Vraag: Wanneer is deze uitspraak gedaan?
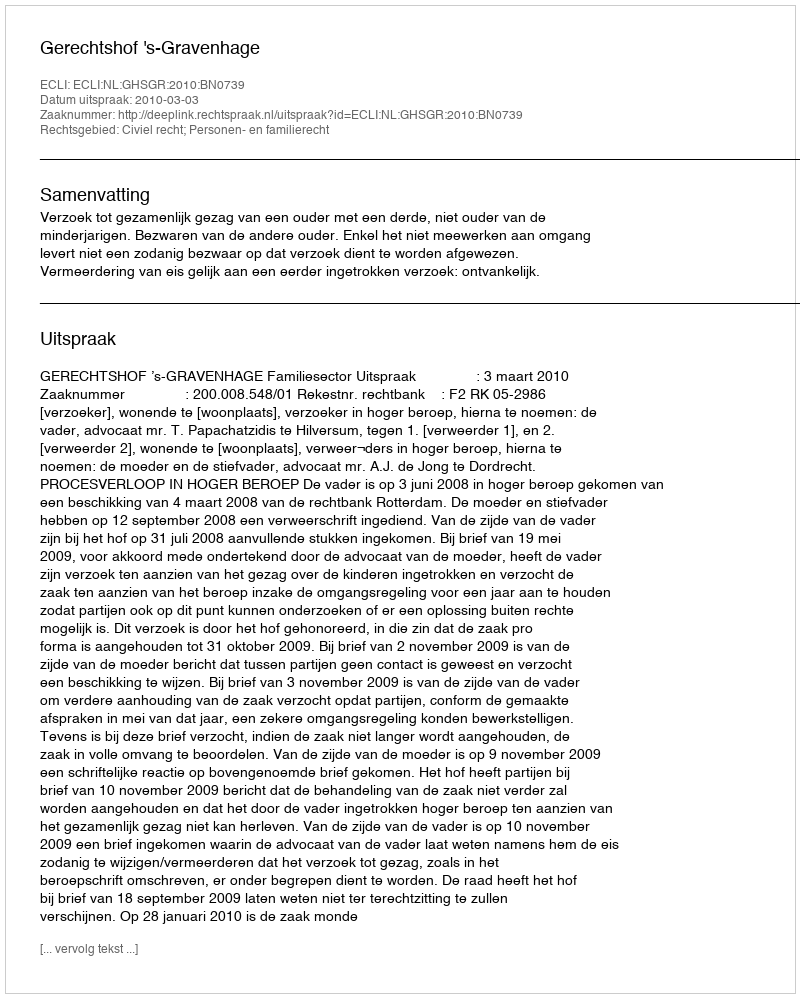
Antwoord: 2010-03-03